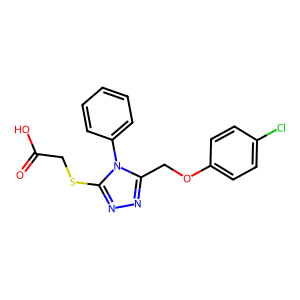
SMILES: O=C(O)CSc1nnc(COc2ccc(Cl)cc2)n1-c1ccccc1
Inhibits HIV replication: No